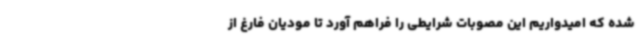
شده که امیدواریم این مصوبات شرایطی را فراهم آورد تا مودیان فارغ از